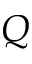
Q